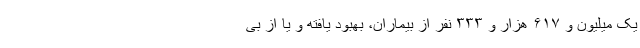
یک میلیون و ۶۱۷ هزار و ۳۳۳ نفر از بیماران، بهبود یافته و یا از بی